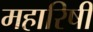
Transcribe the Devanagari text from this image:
महारिषी